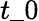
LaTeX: t\_ 0